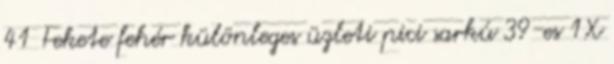
41 Fekete fehér különleges üzleti pici sarkú 39-es 1X